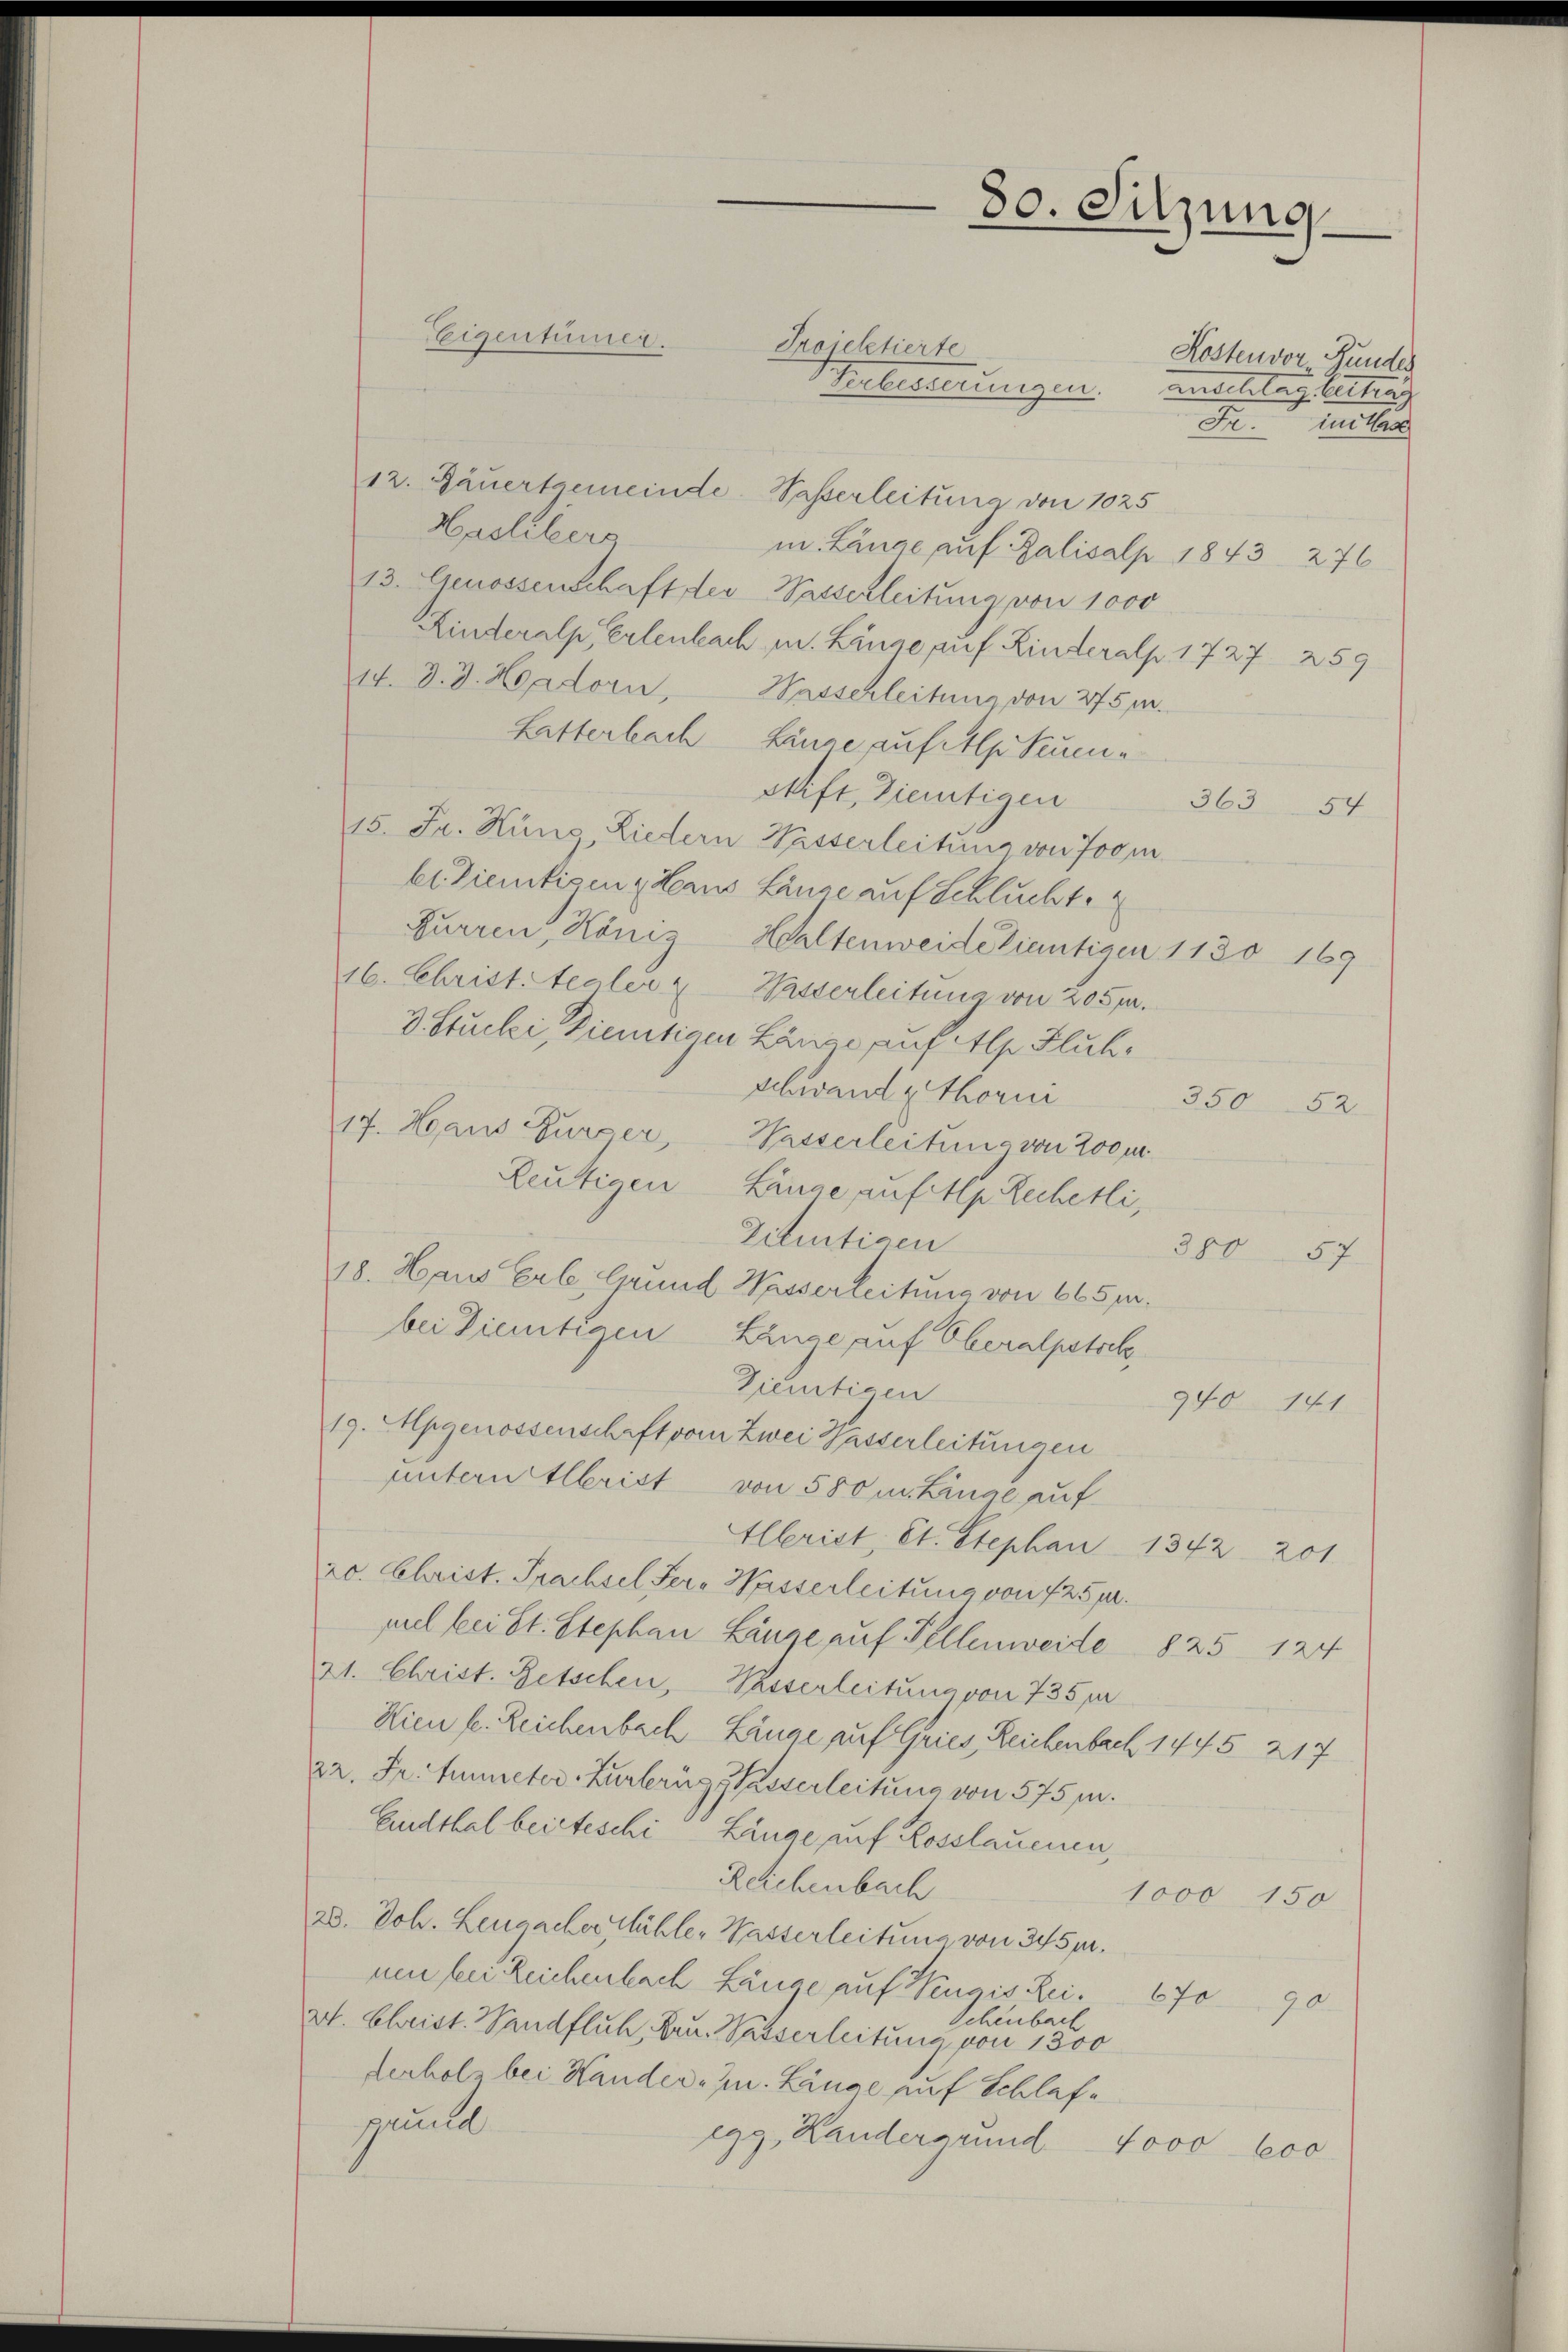
Kostenvor Bundes
Kebesserungen. Anschlag bester

12. Jäuertgemeinde. Wasserleitung von 1025
Haslibers
mn. Länge auf Zalisalp 1843. 276
13. Genossenschaft der Passerleitung von 1000
Kinderalp, Erlenbach, m. Linze auf Hinteralp 1727 259
14. d. J. Hadorn, Hasschleitung von 275 m.
Litterbach Hause auf etlptium
stift, dientigen
363
54
15. Fr. Hins Liedern Wasserleitung von Joom
Er ziemtigen & Beaus Lanze auf Schlucht.
Furren, Köniz Healtenweide tientigen 1130 169
16. Christ. tealer & Wasserleitung von 205 m.
3 Stucki, Dietigen Länge auf Alp Fluhschwand z. Thorni
350 52
17. Haus Furzer, Wasserleitung von 200m
Reutigen Länge auf 4. Rechelli,
Zittigen
380 57
18. Haus Erbe. Grund Wasserleitung von 665 pr.
bei Dietigen Länge auf Oberalpstock
Dienstigen
940 141
19. Mpgenossenschaft vom Zwei Wasserleitungen
unternstlerist von 580 u. Linae auf
Albriet, St. Stephan 1342. 201
20. Christ. Prachsel Ser. Wasserleitung von f 25 pr.
piel bei St. Stephan Linge auf Tellenweite 825. 124
21. Christ. Retschen, Wasserleitung von 735 pr
Hien f. Reichenbach Länge auf Gries, Reichenbach 1445. 217
22. Fr. Simeter Zurbrugg Sasserleitung von 575 pr.
Endthal beiteschi Linde auf Kosslauenen,
Reichenbach
1000 150
28. Joh. Leugacher Mühle - Wasserleitung von 345 m.
nen sein Reichenbach Länge auf Neugis Rei¬
67090
Schenbach
t. Christ. Sandfluh, Bru. Passerleitung von 1300
derholz bei Hander- J. Länge auf Schlafgunde
egg, Kandergrund 4000 000

Leigentümer.

Iroieletierte

80. Sitzung